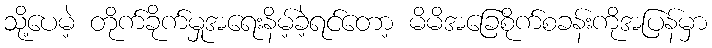
သို့ပေမဲ့ တိုက်ခိုက်မှုအရေးနိမ့်ခဲ့ရင်တော့ မိမိအခြေစိုက်စခန်းကိုအပြန်မှာ